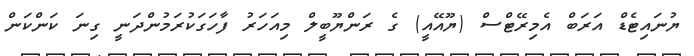
ޔުނައިޓެޑް އަރަބް އެމިރޭޓްސް (ޔޫއޭއީ) ގެ ރަންޔޫބީލް މިއަހަރު ފާހަގަކުރަމުންދަނީ ގިނަ ކަންކަން